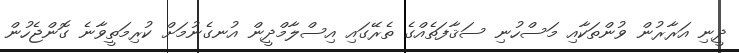
ދީނި އަރާރުން ވުންތަކާއި މަސްހުނި ސަޤާފަތެއްގެ ތެރޭގައި އިސްލާމްދީން އުނގެނުމަށް ކުރިމަތީވާނެ ގޮންޖެހުން